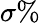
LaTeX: \sigma\%